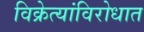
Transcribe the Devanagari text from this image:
विक्रेत्यांविरोधात